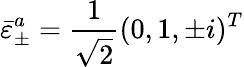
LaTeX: \bar{\varepsilon}_{\pm}^{a}=\frac{1}{\sqrt 2}(0,1,\pm i)^{T}